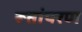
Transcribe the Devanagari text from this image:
रूतांपरण